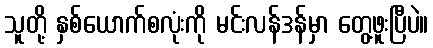
သူတို့ နှစ်ယောက်စလုံးကို မင်းလန်ဒန်မှာ တွေ့ဖူးပြီပဲ။